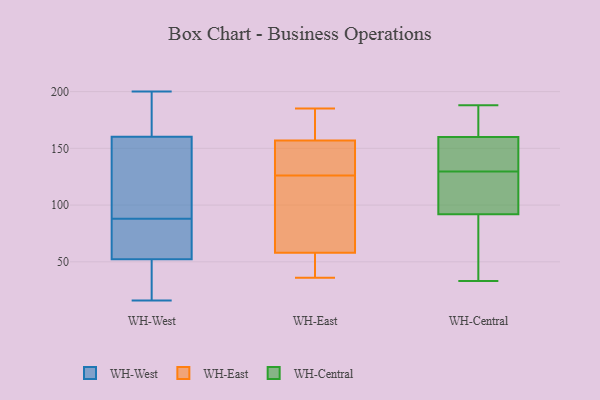
{"axis": {"x": "Customer Acquisition Cost (USD)", "y": "Value"}, "legend": ["WH-Central", "WH-East", "WH-West"], "data": [{"x": "", "y": 16, "type": "WH-West"}, {"x": "", "y": 32, "type": "WH-West"}, {"x": "", "y": 86, "type": "WH-West"}, {"x": "", "y": 184, "type": "WH-West"}, {"x": "", "y": 134, "type": "WH-West"}, {"x": "", "y": 54, "type": "WH-West"}, {"x": "", "y": 200, "type": "WH-West"}, {"x": "", "y": 140, "type": "WH-West"}, {"x": "", "y": 167, "type": "WH-West"}, {"x": "", "y": 75, "type": "WH-West"}, {"x": "", "y": 179, "type": "WH-West"}, {"x": "", "y": 155, "type": "WH-West"}, {"x": "", "y": 88, "type": "WH-West"}, {"x": "", "y": 81, "type": "WH-West"}, {"x": "", "y": 23, "type": "WH-West"}, {"x": "", "y": 47, "type": "WH-West"}, {"x": "", "y": 158, "type": "WH-West"}, {"x": "", "y": 140, "type": "WH-East"}, {"x": "", "y": 185, "type": "WH-East"}, {"x": "", "y": 36, "type": "WH-East"}, {"x": "", "y": 58, "type": "WH-East"}, {"x": "", "y": 157, "type": "WH-East"}, {"x": "", "y": 175, "type": "WH-East"}, {"x": "", "y": 72, "type": "WH-East"}, {"x": "", "y": 127, "type": "WH-East"}, {"x": "", "y": 52, "type": "WH-East"}, {"x": "", "y": 125, "type": "WH-East"}, {"x": "", "y": 174, "type": "WH-Central"}, {"x": "", "y": 77, "type": "WH-Central"}, {"x": "", "y": 88, "type": "WH-Central"}, {"x": "", "y": 169, "type": "WH-Central"}, {"x": "", "y": 108, "type": "WH-Central"}, {"x": "", "y": 147, "type": "WH-Central"}, {"x": "", "y": 151, "type": "WH-Central"}, {"x": "", "y": 141, "type": "WH-Central"}, {"x": "", "y": 188, "type": "WH-Central"}, {"x": "", "y": 118, "type": "WH-Central"}, {"x": "", "y": 96, "type": "WH-Central"}, {"x": "", "y": 33, "type": "WH-Central"}]}